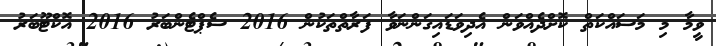
ވީމާ މި މަސައްކަތް ކޮށްދެއްވަން އެދިވަޑައިގަންނަވާ ފަރާތްތަކުން 2016 ސެެޕްޓެންބަރު 2016 އޮކްޓޫބަރު